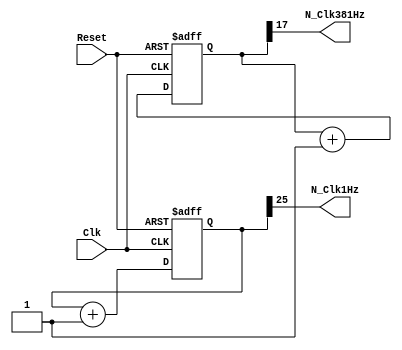
`timescale 1ns / 1ps
//////////////////////////////////////////////////////////////////////////////////
// Company: 
// Engineer: 
// 
// Design Name: 
// Module Name: ClockDivider
// Project Name: 
// Target Devices: 
// Tool Versions: 
// Description: 
// 
// Dependencies: 
// 
// Revision:
// Revision 0.01 - File Created
// Additional Comments:
// 
//////////////////////////////////////////////////////////////////////////////////


module ClockDivider(
    input Clk,
    input Reset,
    output N_Clk1Hz,
    output N_Clk381Hz
    );
    reg [25:0] counter1 = 26'b0;    //26-bit counter = 1Hz
    reg [17:0] counter2 = 18'b0;    //18-bit counter = 381Hz
    
    //Clock Divider (1Hz and 381Hz)
    always @(posedge Clk, posedge Reset)
        if(Reset)
            begin
            counter1 <= 26'b0;
            counter2 <= 18'b0;
            end
            
            else
            begin
            counter1 <= counter1 + 1'b1;
            counter2 <= counter2 + 1'b1;
            end
    
    assign N_Clk1Hz = counter1[25];
    assign N_Clk381Hz = counter2[17];
            
endmodule